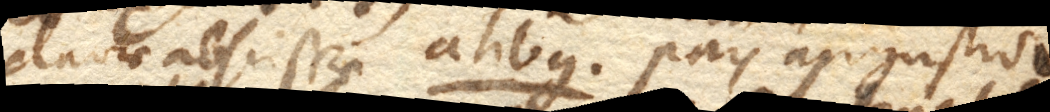
clavae abscissae ahbg. pars angustior